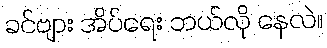
ခင်ဗျား အိပ်ရေး ဘယ်လို နေလဲ။